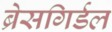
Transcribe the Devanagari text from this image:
ब्रेसगिर्डल